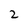
Character: 2